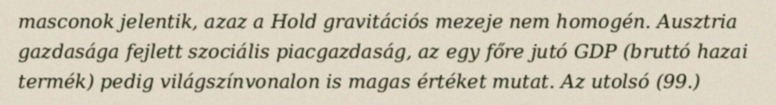
masconok jelentik, azaz a Hold gravitációs mezeje nem homogén. Ausztria gazdasága fejlett szociális piacgazdaság, az egy főre jutó GDP (bruttó hazai termék) pedig világszínvonalon is magas értéket mutat. Az utolsó (99.)